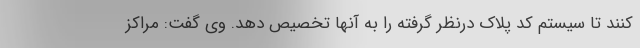
کنند تا سیستم کد پلاک درنظر گرفته را به آنها تخصیص دهد. وی گفت: مراکز